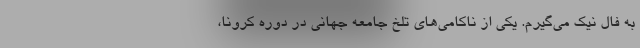
به فال نیک می‌گیرم. یکی از ناکامی‌های تلخ جامعه جهانی در دوره کرونا،